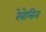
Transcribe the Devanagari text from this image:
रेबेलिन